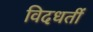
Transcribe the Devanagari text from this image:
विदधतीं